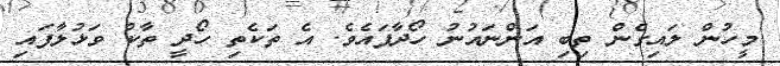
މީހުން ލައިގެން ތިބި އަންނައުނު ހޯދާފައެވެ. އެ ތަކެތި ހޯދީ ތާކު ވަޅުލާފައި